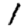
Digit: 1